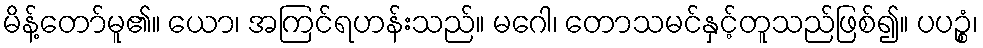
မိန့်တော်မူ၏။ ယော၊ အကြင်ရဟန်းသည်။ မဂေါ၊ တောသမင်နှင့်တူသည်ဖြစ်၍။ ပပဉ္စံ၊